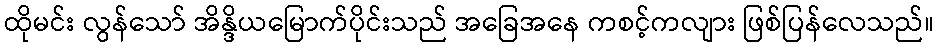
ထိုမင်း လွန်သော် အိန္ဒိယမြောက်ပိုင်းသည် အခြေအနေ ကစင့်ကလျား ဖြစ်ပြန်လေသည်။